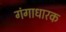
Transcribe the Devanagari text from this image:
गंगाधारक